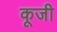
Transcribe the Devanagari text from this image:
कूजी